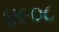
૪૯૦૮